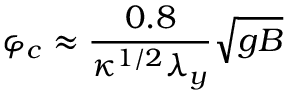
\varphi _ { c } \approx \frac { 0 . 8 } { \kappa ^ { 1 / 2 } \lambda _ { y } } \sqrt { g B }